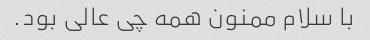
با سلام ممنون همه چی عالی بود.